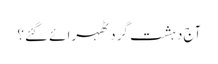
آج دہشت گرد ٹھہرائے گئے؟